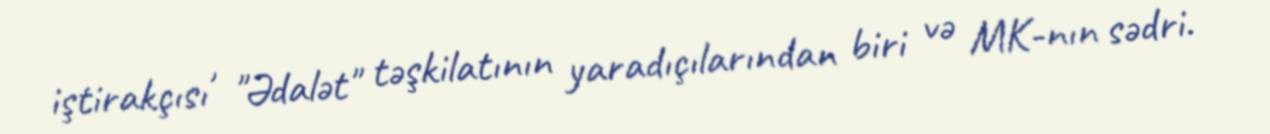
iştirakçısı , "Ədalət" təşkilatının yaradıçılarından biri və MK-nın sədri.